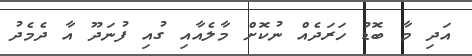
އަދި މާ ބޮޑު ހަރަދެއް ނުކޮށް މާލެއާއި ގުއި ފުނަދޫ އާ ދެމެދު